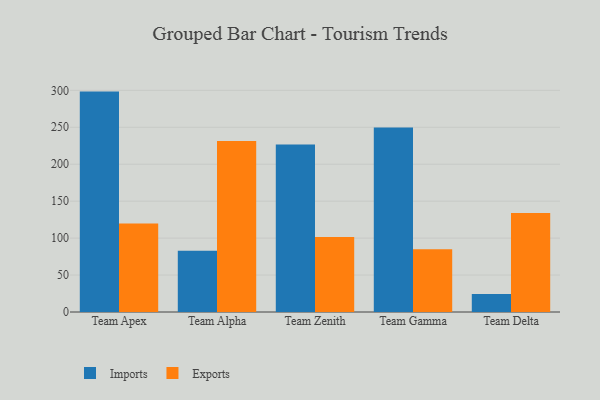
{"axis": {"x": "Team", "y": "Humidity (%)"}, "legend": ["Exports", "Imports"], "data": [{"x": "Team Apex", "y": 298.3, "type": "Imports"}, {"x": "Team Apex", "y": 119.8, "type": "Exports"}, {"x": "Team Alpha", "y": 82.9, "type": "Imports"}, {"x": "Team Alpha", "y": 231.3, "type": "Exports"}, {"x": "Team Zenith", "y": 226.8, "type": "Imports"}, {"x": "Team Zenith", "y": 101.4, "type": "Exports"}, {"x": "Team Gamma", "y": 249.8, "type": "Imports"}, {"x": "Team Gamma", "y": 85.0, "type": "Exports"}, {"x": "Team Delta", "y": 24.4, "type": "Imports"}, {"x": "Team Delta", "y": 134.1, "type": "Exports"}]}